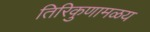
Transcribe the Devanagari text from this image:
तिरिकुणामळय